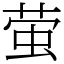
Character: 萤